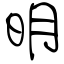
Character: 明